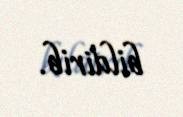
bildirib.